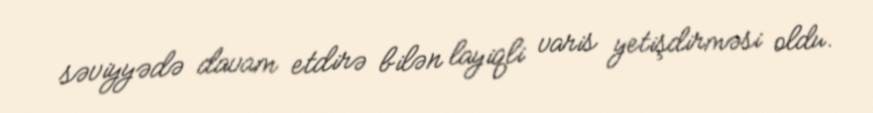
səviyyədə davam etdirə bilən layiqli varis yetişdirməsi oldu.